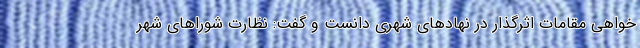
‌خواهی مقامات اثرگذار در نهادهای شهری دانست و گفت: نظارت شوراهای شهر